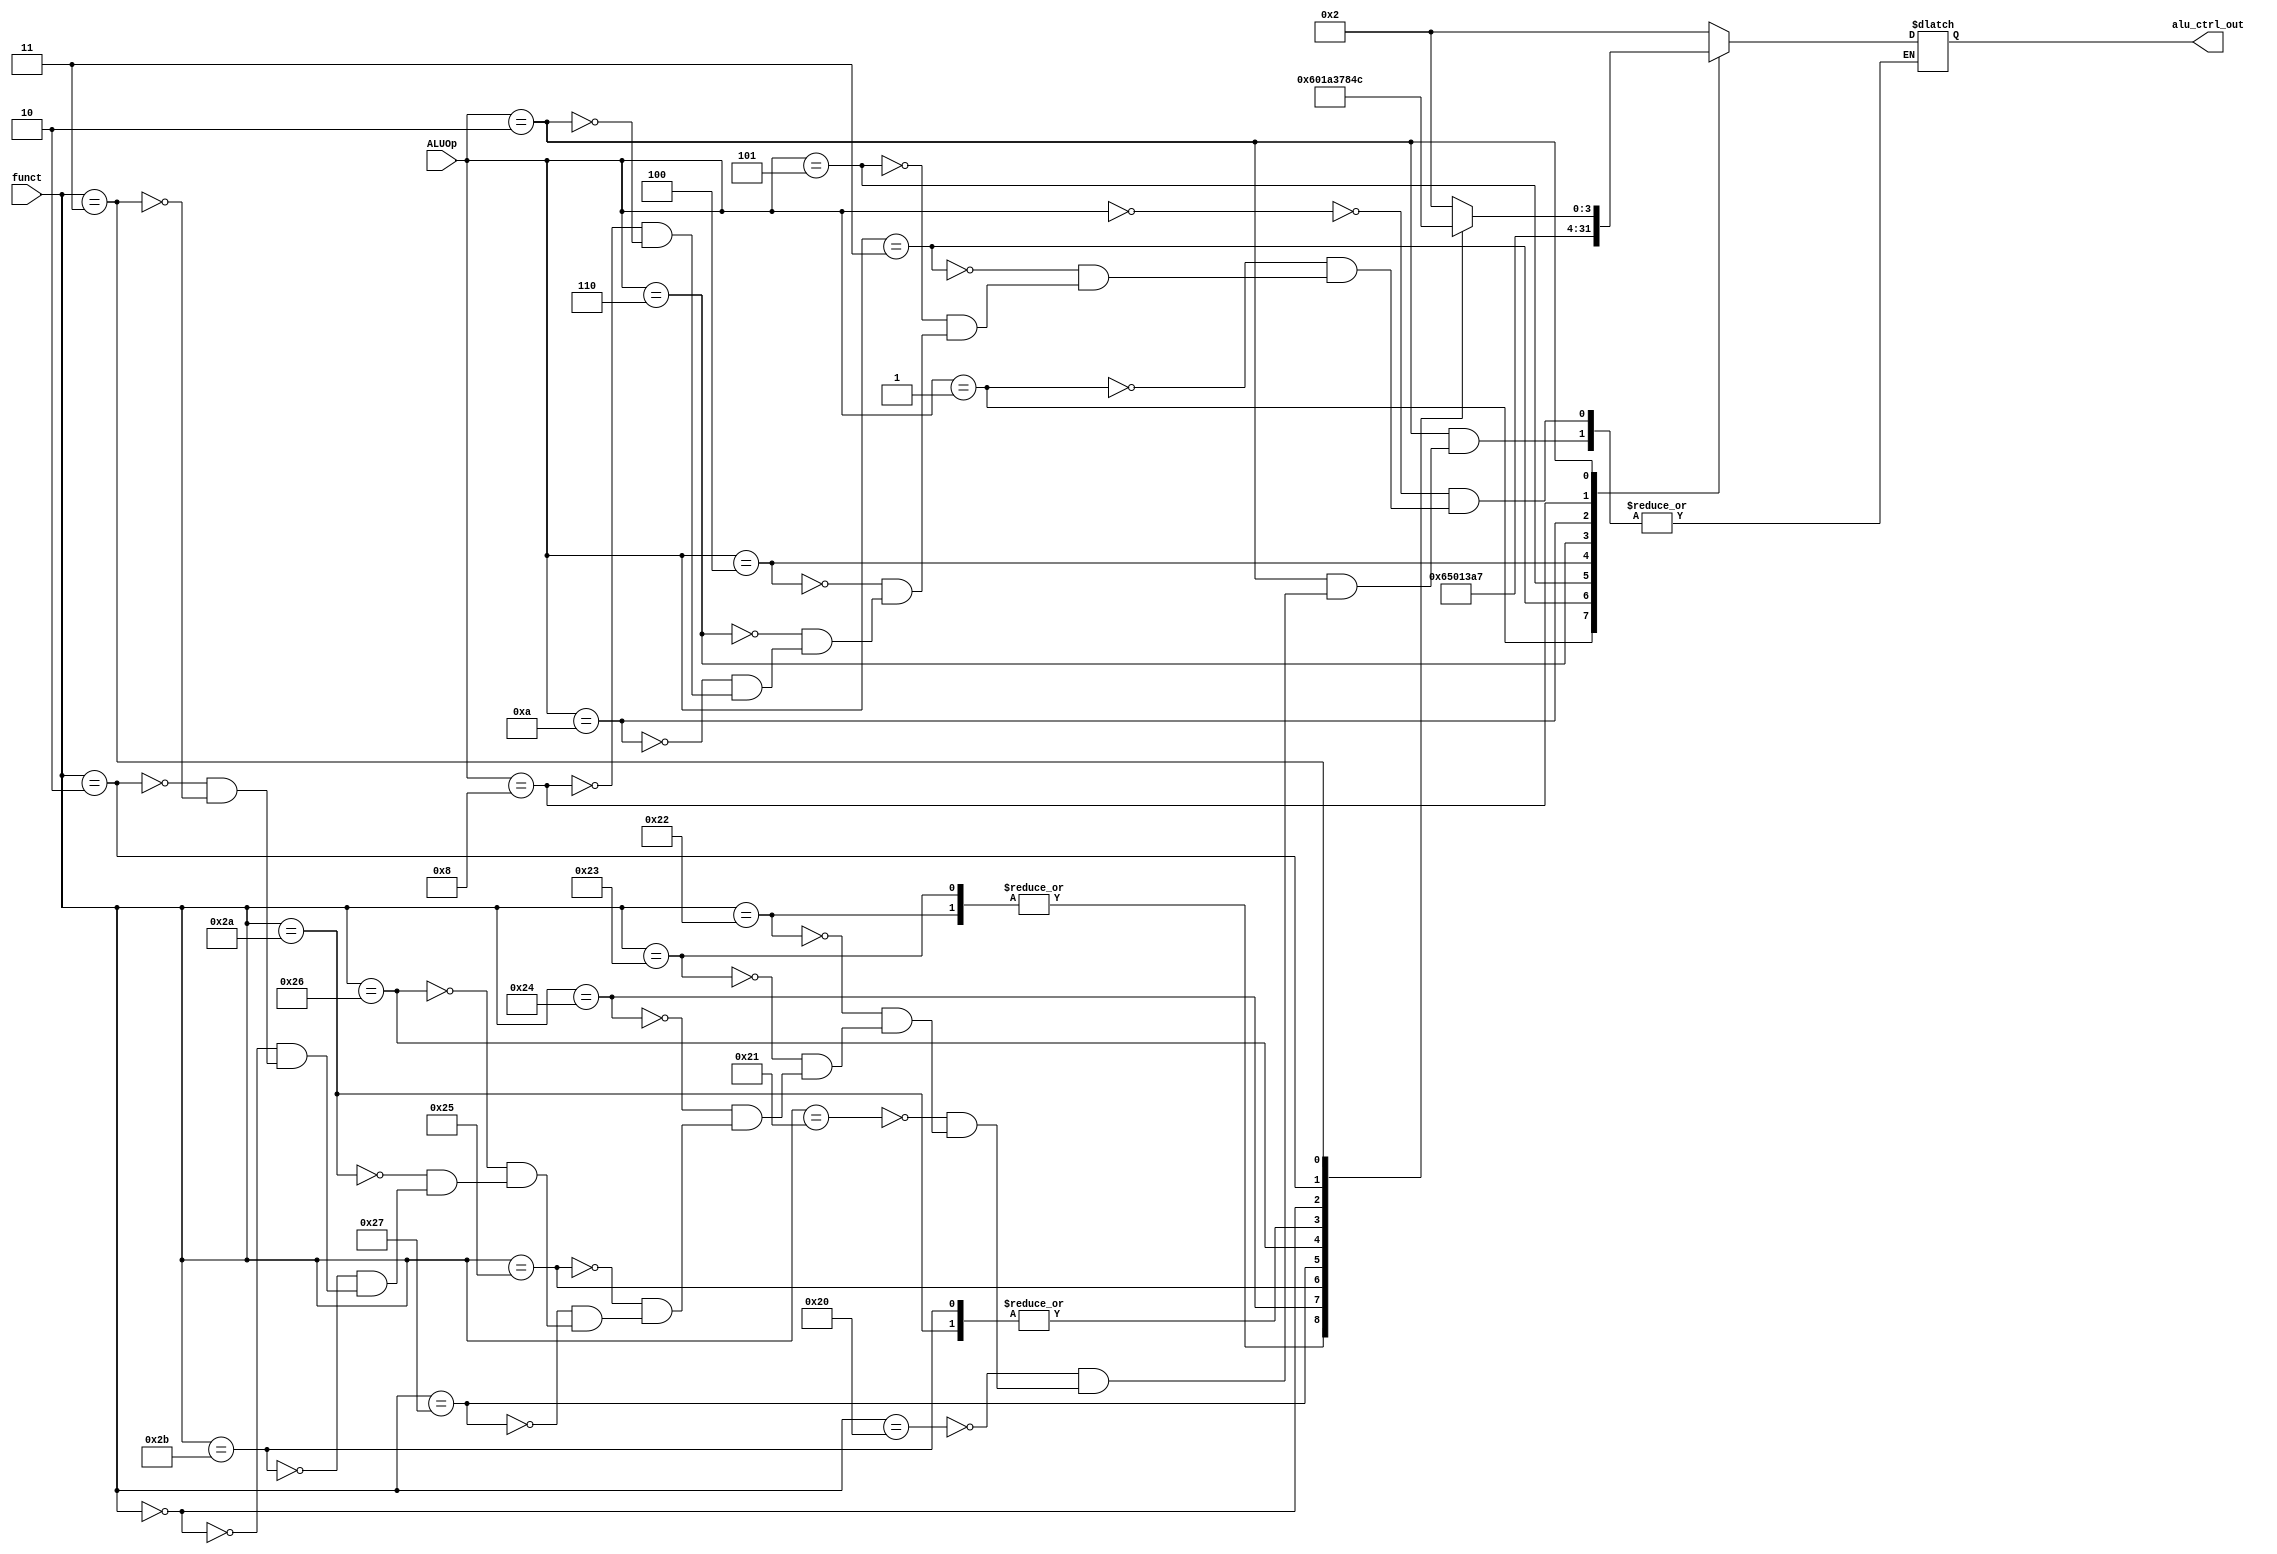
module alu_ctrl(funct, ALUOp, alu_ctrl_out);
    input       [5:0] funct;
    input       [3:0] ALUOp;
    output reg  [3:0] alu_ctrl_out;

    /*

        About ALUOp of I type and J type:
        0010: R type
        0000: use add
        0001: use minus
        0011: load to upper 16-bit
        0101: use and
        0100: use or
        0110: use xor
        1010: use nor
        1000: use slt
    
    -> sample : LW, SW, ADDI and ADDIU share the same operation type in ALU(all 'ADD')
    */

    // ALUOp to discriminate
    parameter USE_R_TYPE  = 4'b0010;
    parameter USE_ADD     = 4'b0000;
    parameter USE_MINUS   = 4'b0001;
    parameter USE_UP16    = 4'b0011;
    parameter USE_AND     = 4'b0101;
    parameter USE_OR      = 4'b0100;
    parameter USE_XOR     = 4'b0110;
    parameter USE_NOR     = 4'b1010;
    parameter USE_SLT     = 4'b1000;


    // funct to discriminate
    parameter ADD  = 6'b100000;
    parameter ADDU = 6'b100001;
    parameter SUB  = 6'b100010;
    parameter SUBU = 6'b100011;
    parameter AND  = 6'b100100;
    parameter OR   = 6'b100101;
    parameter NOR  = 6'b100111;
    parameter XOR  = 6'b100110;

    parameter SLT  = 6'b101010;
    parameter SLTU = 6'b101011;
    parameter SLL  = 6'b000000;
    parameter SRL  = 6'b000010;
    parameter SRA  = 6'b000011;

    always @(*) 
    begin
        case(ALUOp) 
            USE_ADD    : alu_ctrl_out = 4'b0010;
            USE_MINUS  : alu_ctrl_out = 4'b0110;
            USE_UP16   : alu_ctrl_out = 4'b0101;
            USE_AND    : alu_ctrl_out = 4'b0000;
            USE_OR     : alu_ctrl_out = 4'b0001;
            USE_XOR    : alu_ctrl_out = 4'b0011;
            USE_NOR    : alu_ctrl_out = 4'b1010;
            USE_SLT    : alu_ctrl_out = 4'b0111;
            USE_R_TYPE:    
            begin
                case(funct)
                    ADD  : alu_ctrl_out = 4'b0010;
                    ADDU : alu_ctrl_out = 4'b0010;
                    SUB  : alu_ctrl_out = 4'b0110;
                    SUBU : alu_ctrl_out = 4'b0110;
                    AND  : alu_ctrl_out = 4'b0000;
                    OR   : alu_ctrl_out = 4'b0001;
                    NOR  : alu_ctrl_out = 4'b1010;
                    XOR  : alu_ctrl_out = 4'b0011;
                    SLT  : alu_ctrl_out = 4'b0111;
                    SLTU : alu_ctrl_out = 4'b0111;
                    SLL  : alu_ctrl_out = 4'b1000;
                    SRL  : alu_ctrl_out = 4'b0100;
                    SRA  : alu_ctrl_out = 4'b1100;
                endcase
            end
        endcase    
    end
endmodule